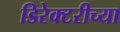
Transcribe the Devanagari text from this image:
डिरेक्टरीच्या